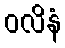
ဝလိနံ